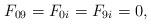
LaTeX: \begin{align*}\begin{array}{c} F_{09} = F_{0i} = F_{9i} = 0, \\\end{array}\end{align*}